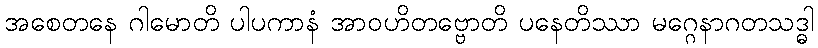
အစေတနေ ဂါမောတိ ပါပကာနံ အာဝဟိတဗ္ဗောတိ ပနေတိဿာ မဂ္ဂေနာဂတသဒ္ဓါ